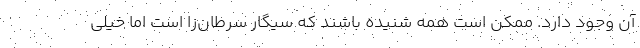
آن وجود دارد. ممکن است همه شنیده باشند که سیگار سرطان‌زا است اما خیلی